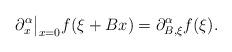
LaTeX: \begin{align*} \partial_x^\alpha\big|_{x=0} f(\xi+Bx) = \partial_{B,\xi}^\alpha f(\xi) .\end{align*}